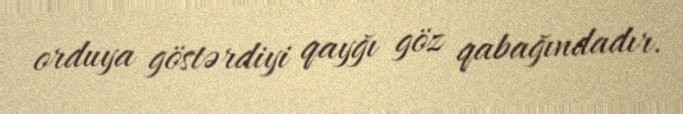
orduya göstərdiyi qayğı göz qabağındadır.